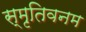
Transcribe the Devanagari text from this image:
स्मृतिवनम